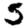
Digit: 5